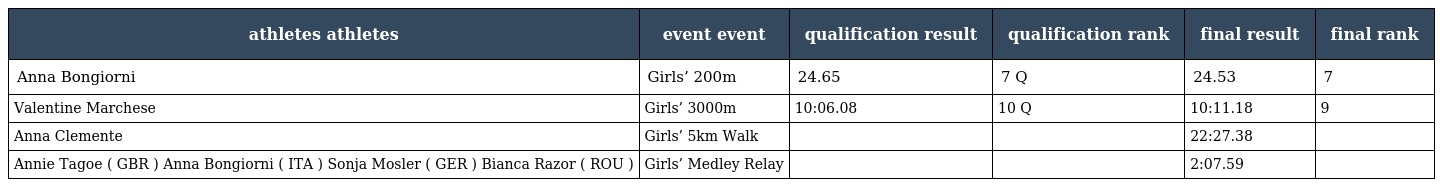
| athletes athletes | event event | qualification result | qualification rank | final result | final rank |
 | --- | --- | --- | --- | --- | --- |
 | Anna Bongiorni | Girls’ 200m | 24.65 | 7 Q | 24.53 | 7 |
 | Valentine Marchese | Girls’ 3000m | 10:06.08 | 10 Q | 10:11.18 | 9 |
 | Anna Clemente | Girls’ 5km Walk |  |  | 22:27.38 |  |
 | Annie Tagoe ( GBR ) Anna Bongiorni ( ITA ) Sonja Mosler ( GER ) Bianca Razor ( ROU ) | Girls’ Medley Relay |  |  | 2:07.59 |  |